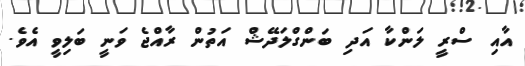
އާއި ސްރީ ލަންކާ އަދި ބަންގްލަދޭޝް އަތުން ރާއްޖެ ވަނީ ބަލިވީ އެވެ.